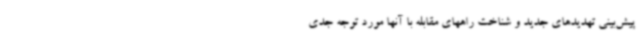
پیش‌بینی تهدیدهای جدید و شناخت راههای مقابله با آنها مورد توجه جدی